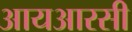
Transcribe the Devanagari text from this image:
आयआरसी